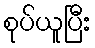
စုပ်ယူပြီး